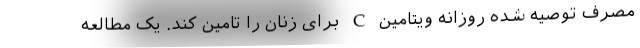
مصرف توصیه شده روزانه ویتامین C برای زنان را تامین کند. یک مطالعه